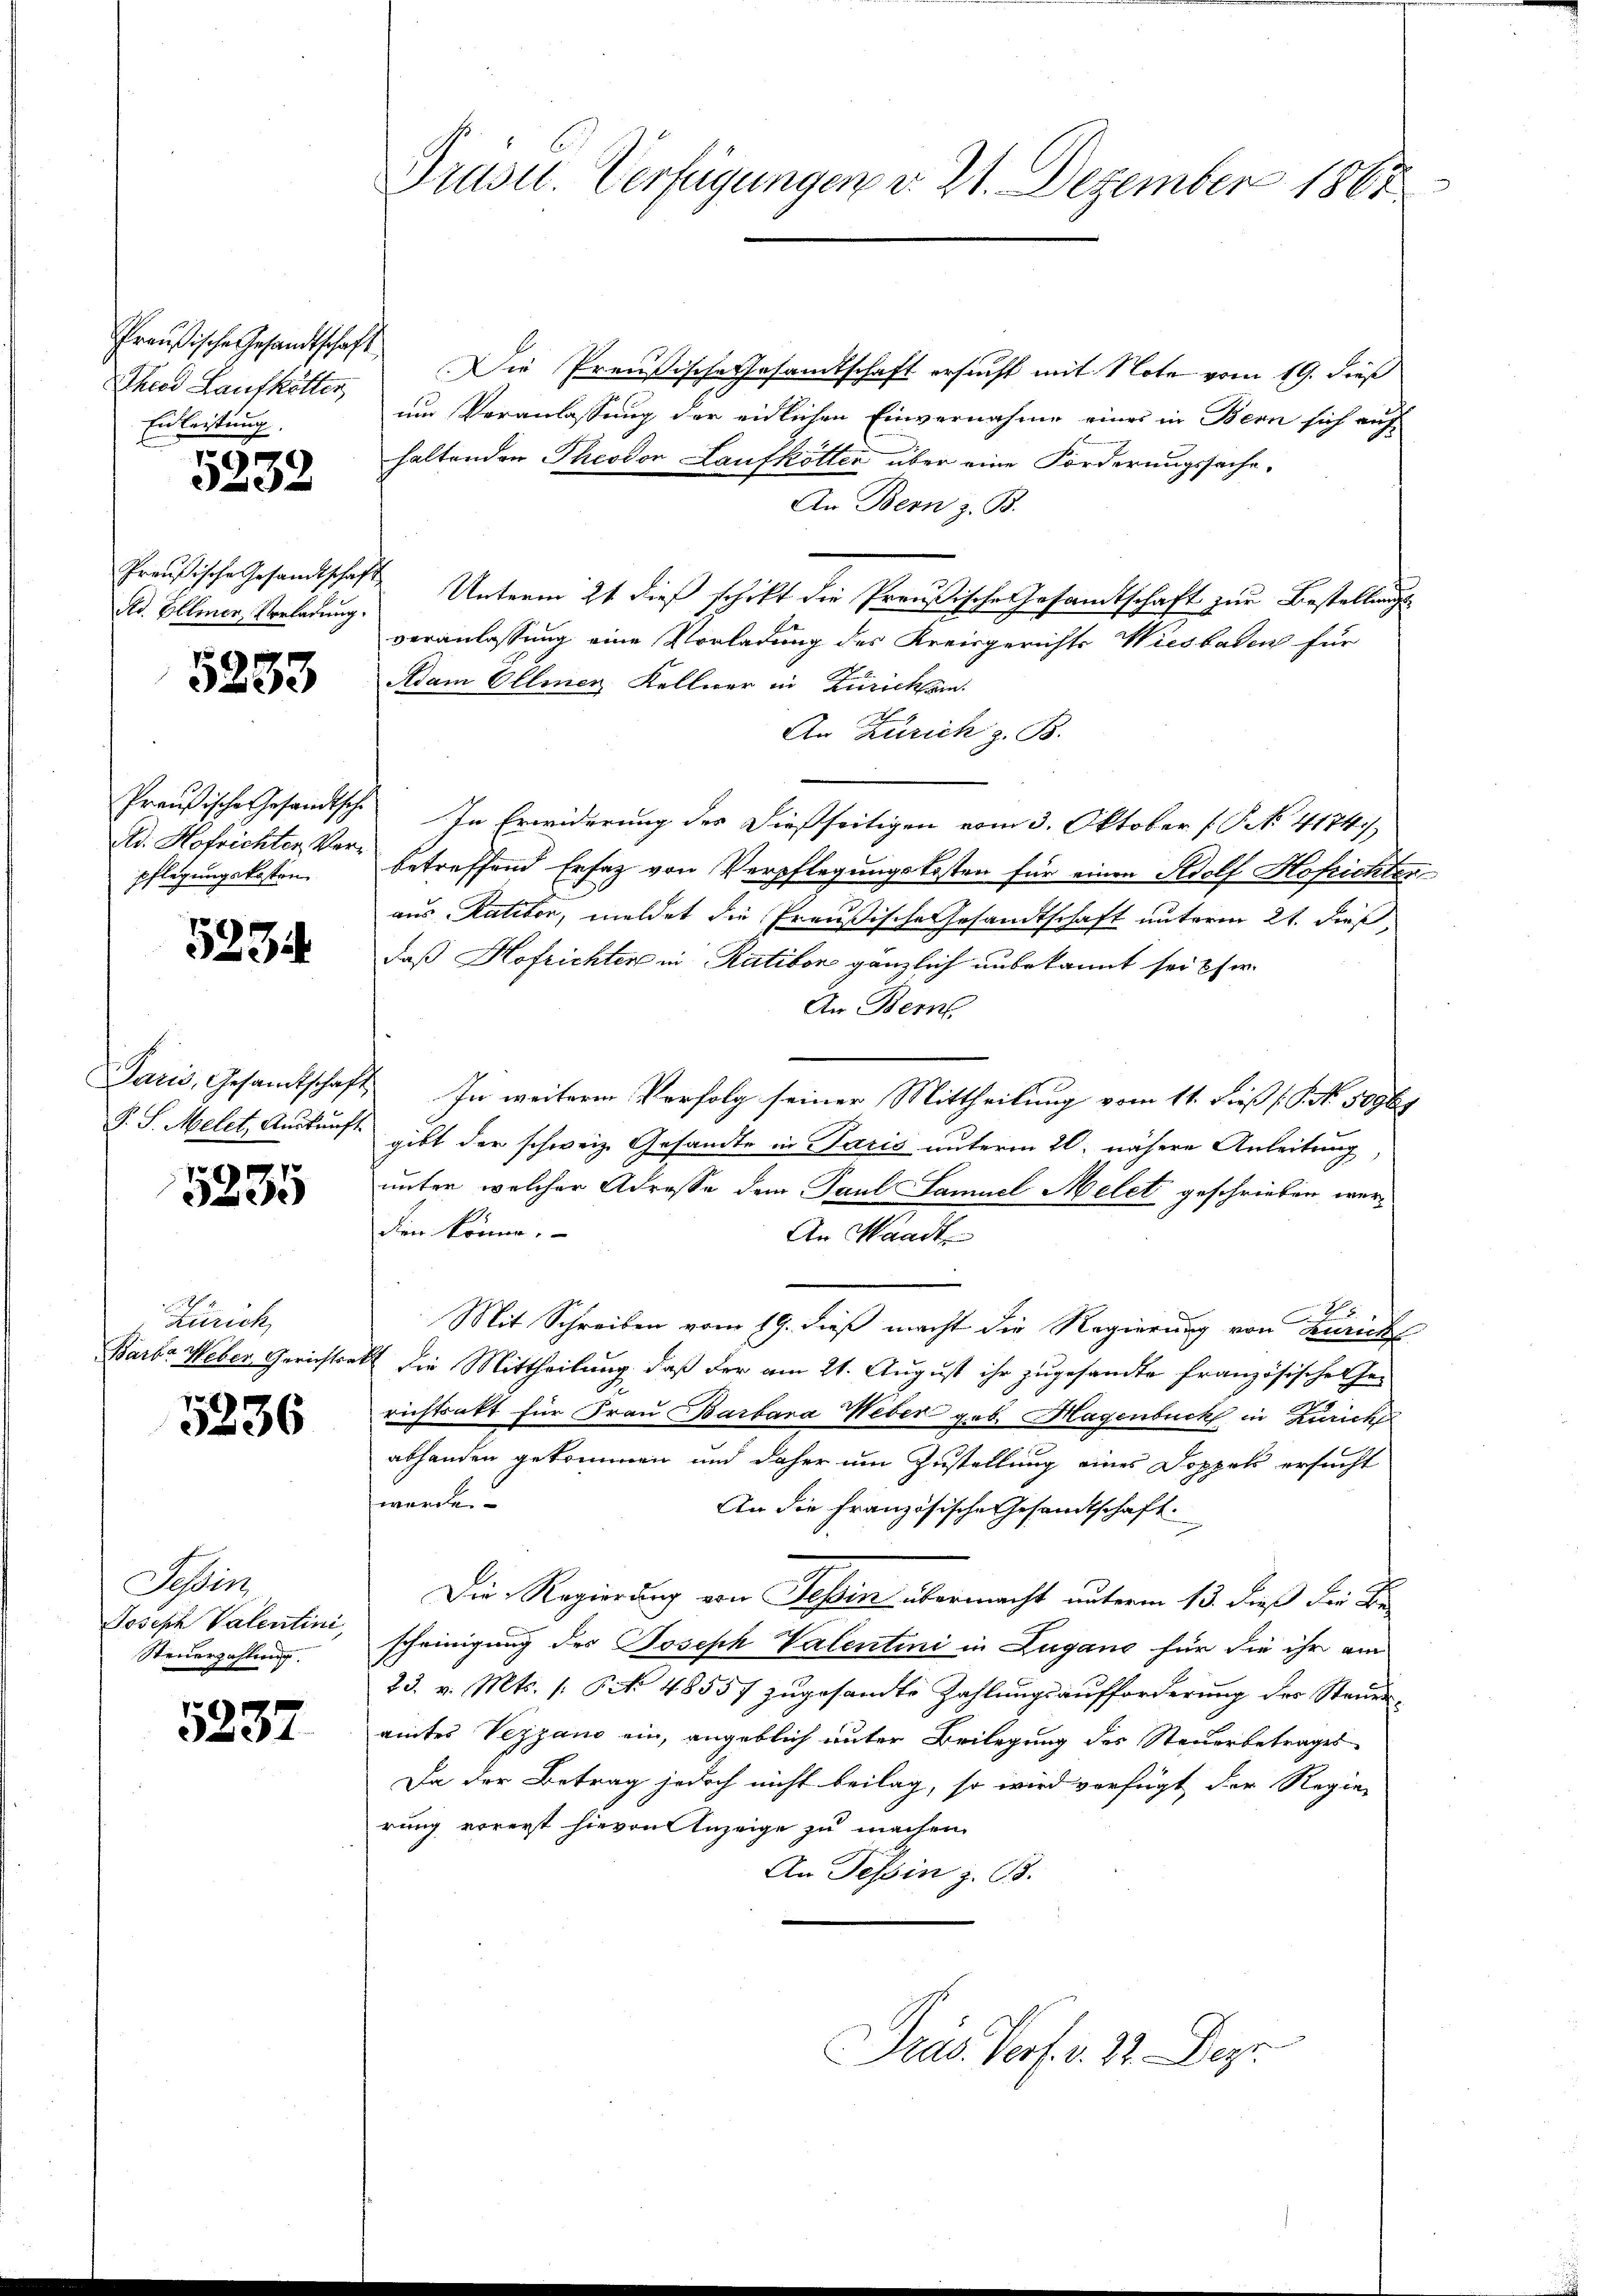
Preußische Gesandtschaft
Theod Laufkölten,
Einleistung.

5232

Preußische Gesandtschaf
Ad. Ellmer, Vorladung.

5253

Preußische Gesandtsche
Ad. Hofrichter Verpflegungskosten

5234

Paris, Gesandtschaft
T. S. Melet, Auskunft

5235

Zürich,
Barba Weber Gerichtsa

5236

Tessin
Joseph Valentini,
Steuerzahlung.

5237

Prüsu. Verfügungen d. 21. Dezember 1861

Die Preußische Gesandtschaft ersucht mit Note vom 19. dieß
um Veranlassung der eidlichen Einvernahme eines in Bern sich auch
haltenden Theodor Laufkötter über eine Forderungssache.
An Bern z. B.
Unterm 21 dieß schikt die Preußische Gesamtschaft zur Bestellungsveranlassung eine Vorladung des Kreisgerichts Wiesbaden für
Adam Ollmer Kellner in Zürichem
An Zürich z. B.
In Erwiderung der dießseitigen vom 3. Oktober (§. N. 4174/
betreffend Ersatz von Verpflegungskosten für einen Adolf Hofrichter
aus Ratitor, meldet die Preußische Gesandtschaft unterm 21. dieß,
daß Hofrichter in Ratibor gänzlich unbekannt sei Efer
An Bern.
In weitere Verfolg seiner Mittheilung vom 11. dieß (: P. N. 50969
gibt der schweiz. Gesandte in Paris unterm 20. nähere Anleitung
unter welcher Adresse dem Paul Samuel Melet geschrieben wer¬
1.
den könne.
An Waadt

Mit Schreiben vom 19. dieß macht die Regierung von Zürich
7 die Mittheilung, daß der am 21. August ihr zugesandte Französischen Gerichtsakt für Frau Barbara Weber geb. Hagenbuch in Zürich
abhanden gekommen und daher um Zustellung eines Doppel ersucht
werde.
An die Französische Gesandtschaft.
Die Regierung von Tessin übermacht unterm 13. dieß der Be
scheinigung des Joseph Valentini in Lugano für die ihr am
23. v. Mts. 1 Pct. 48557 zugesandte Zahlungsaufforderung der Steueraites Vezzano ein, angeblich unter Beilegung des Steuerbetrages
Da der Betrag jedoch nicht beilag, so wird verfügt der Regie-
rung vorerst hievon Anzeige zu machen.
An Tessin z. B.

Präs. Porf. v. 22. Dez.